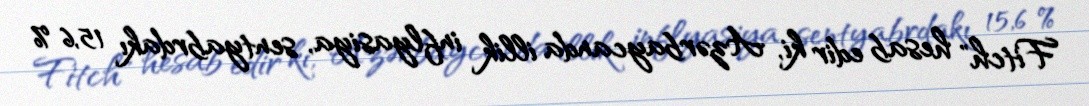
Fitch" hesab edir ki, Azərbaycanda illik inflyasiya, sentyabrdakı 15,6 %